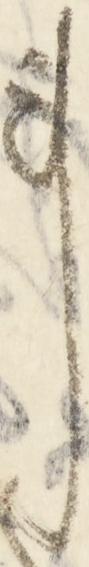
事